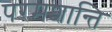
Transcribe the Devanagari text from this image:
परमशान्ति